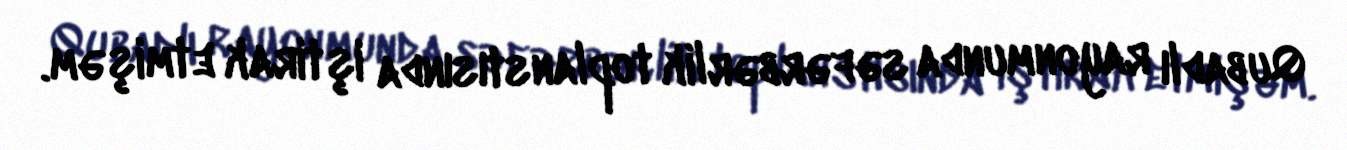
Qubadlı rayonmunda səfərbərlik toplanstısında iştirak etmişəm.